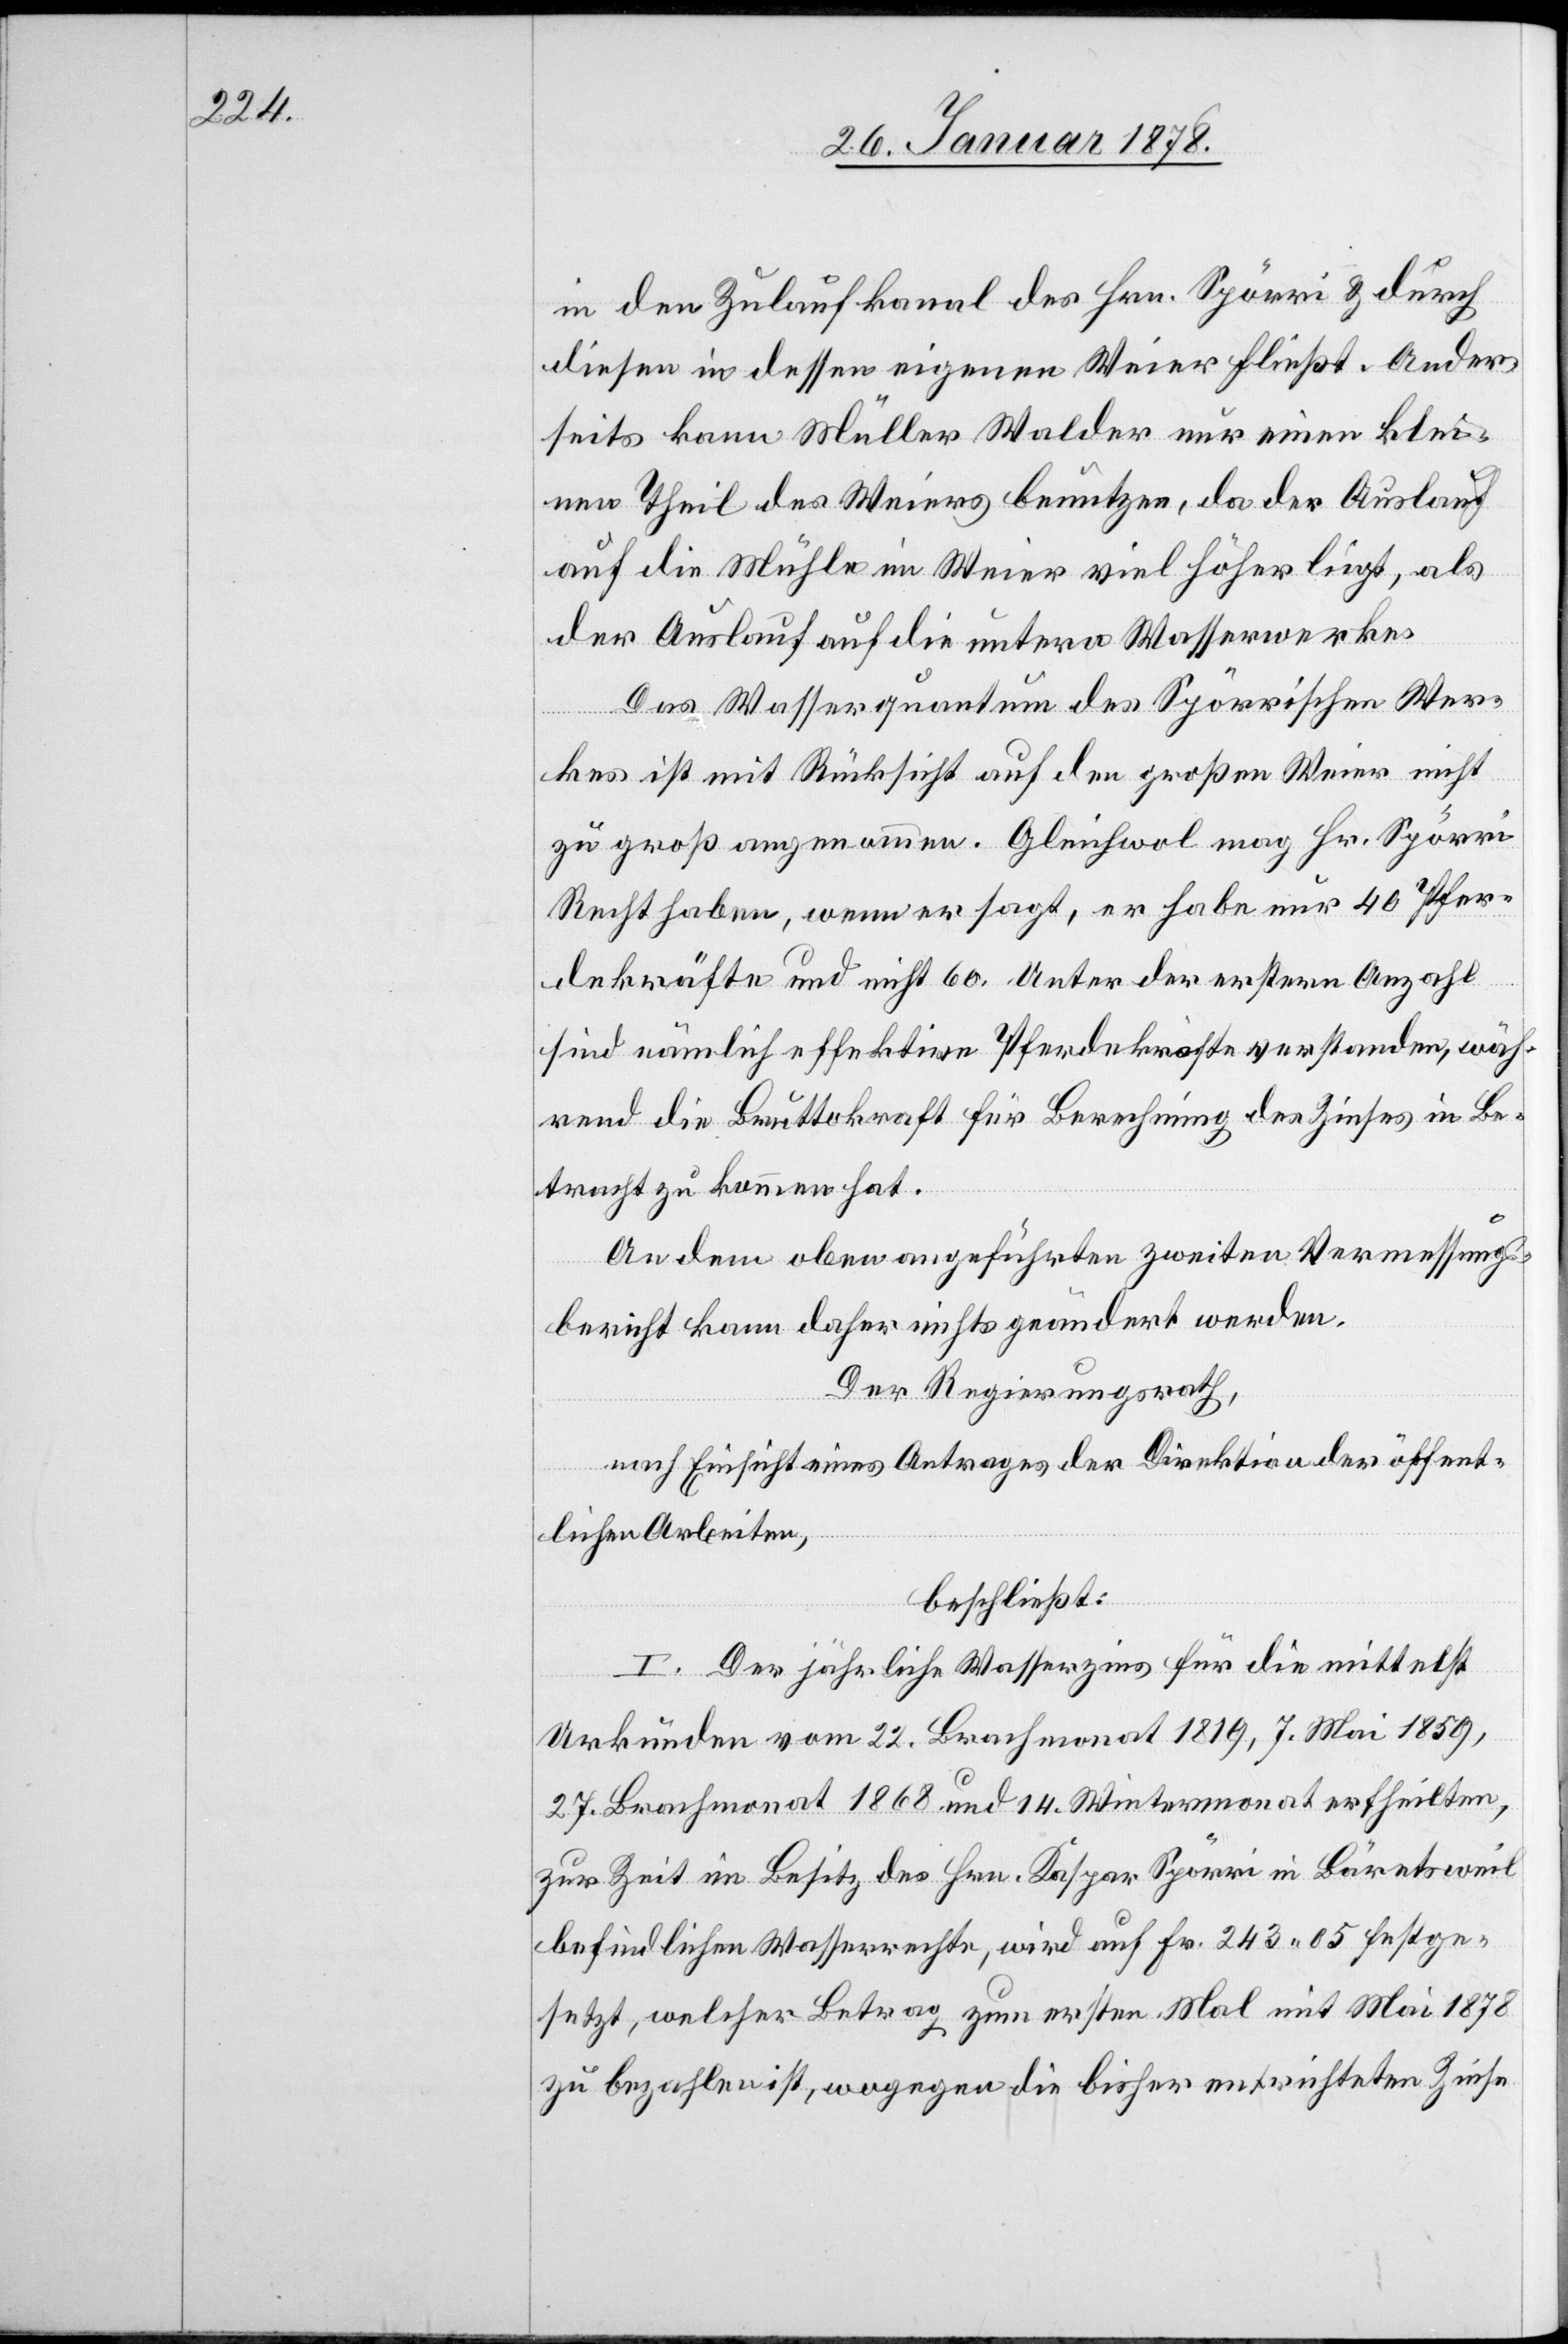
in den Zulaufkanal des Hrn. Spörri & durch
diesen in dessen eigenen Weier fließt. Ander¬
seits kann Müller Walder nur einen klei¬
nen Theil des Weiers benutzen, da der Auslauf
auf die Mühle im Weier viel höher liegt, als
der Auslauf auf die untern Wasserwerke.
Das Wasserquantum des Spörrischen Wer¬
kes ist mit Rücksicht auf den großen Weier nicht
zu groß angenommen. Gleichwohl mag Hr. Spörri
Recht haben, wenn er sagt, er habe nur 40 Pfer¬
dekräfte und nicht 60. Unter der ersten Anzahl
sind nämlich effektive Pferdekräfte verstanden, wäh¬
rend die Bruttokraft für Berechnung des Zinses in Be¬
tracht zu kommen hat.
An dem oben angeführten zweiten Vermessungs¬
bericht kann daher nichts geändert werden.
Der Regierungsrath,
nach Einsicht eines Antrages der Direktion der öffent¬
lichen Arbeiten,
beschließt:
I. Der jährliche Wasserzins für die mittelst
Urkunden vom 22. Brachmonat 1819, 7. Mai 1859,
27. Brachmonat 1868 und 14. Wintermonat ertheilten,
zur Zeit im Besitz des Hrn. Kaspar Spörri in Bäretsweil
befindlichen Wasserrechte, wird auf Fr. 243.05 festge¬
setzt, welcher Betrag zum ersten Mal mit Mai 1878
zu bezahlen ist, wogegen die bisher entrichteten Zinse